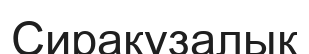
Сиракузалық